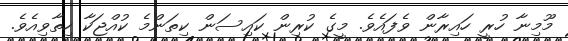
މޫމިނާ ހުރީ ހައިރާން ވެފައެވެ. މީގެ ކުރިން ކައިސަން ކިތަންމެ ކުއްޖަކާ ހިތާވިއެވެ.